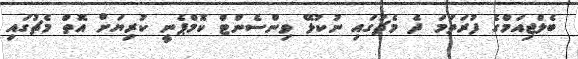
ބެލްޖިއަމްގެ ފުރަތަމަ ދެ މެޗުގައި ނުކުޅޭ ވިންސެންޓް ކޮމްޕެނީ ކުރިޔަށް އޮތް މެޗުގައި